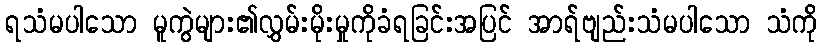
ရသံမပါသော မူကွဲများ၏လွှမ်းမိုးမှုကိုခံရခြင်းအပြင် အာရ်ဗျည်းသံမပါသော သံကို